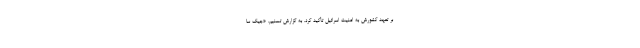
بر تعهد کشورش به امنیت اسرائیل تأکید کرد. به گزارش تسنیم، «جیک سا